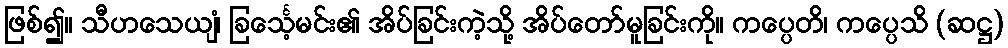
ဖြစ်၍။ သီဟသေယျံ၊ ခြင်္သေ့မင်း၏ အိပ်ခြင်းကဲ့သို့ အိပ်တော်မူခြင်းကို။ ကပ္ပေတိ၊ ကပ္ပေသိ (ဆဋ္ဌ)